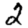
Digit: 2